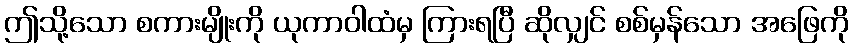
ဤသို့သော စကားမျိုးကို ယုကာဝါထံမှ ကြားရပြီ ဆိုလျှင် စစ်မှန်သော အဖြေကို